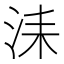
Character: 洡